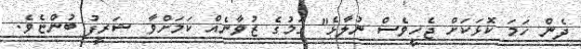
ދެން ހަމަ ކޮޅަކަށް ޖެހީވެސް ނުލާޅެ" ގަމުގެ ޒުވާނެއް ކަމަށްވާ ޝަރީފު ބުންޏެވެ.